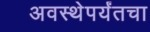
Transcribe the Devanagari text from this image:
अवस्थेपर्यंतचा